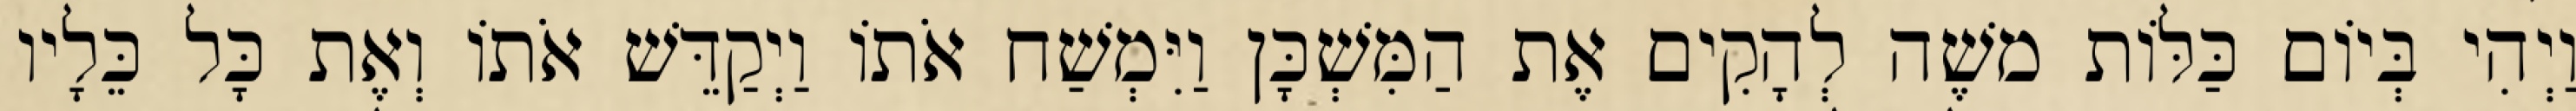
וַיְהִי בְּיוֹם כַּלּוֹת משֶׁה לְהָקִים אֶת הַמִּשְׁכָּן וַיִּמְשַׁח אֹתוֹ וַיְקַדֵּשׁ אֹתוֹ וְאֶת כָּל כֵּלָיו